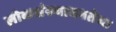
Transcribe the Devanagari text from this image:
लोकसंख्याघनतेचा